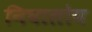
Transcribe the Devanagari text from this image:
निघालोय